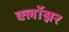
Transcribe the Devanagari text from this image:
क्लॉस्नर